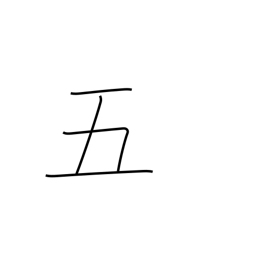
Meaning: five